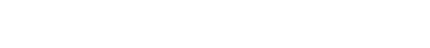
လူမျိုးများအားသတ်ဖြတ်ခြင်း၊အိမ်မဲ့အိုးမဲ့ပြုလုပ်ခြင်းများပြုလုပ်ခဲ့ကြသည်။